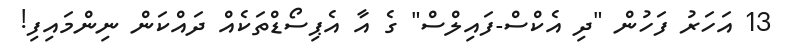
13 އަހަރު ފަހުން "ދި އެކްސް-ފައިލްސް" ގެ އާ އެޕިސޯޑްތަކެއް ދައްކަން ނިންމައިފި!